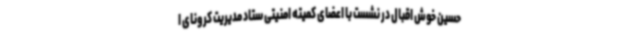
حسین خوش اقبال در نشست با اعضای کمیته امنیتی ستاد مدیریت کرونای ا